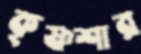
কৃষ্ণশার